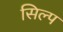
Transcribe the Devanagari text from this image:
सिल्प